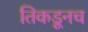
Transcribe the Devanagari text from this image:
तिकडूनच